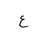
Letter: _ayn